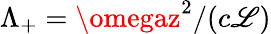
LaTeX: \Lambda_{+}=\omegaz^{2}/(c\mathscr{L})